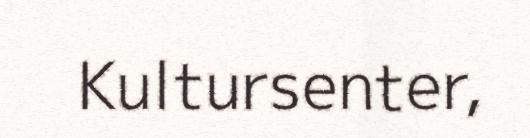
Kultursenter,